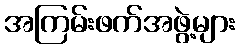
အကြမ်းဖက်အဖွဲ့များ